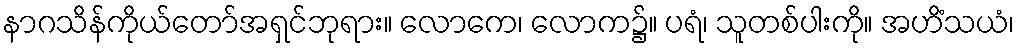
နာဂသိန်ကိုယ်တော်အရှင်ဘုရား။ လောကေ၊ လောက၌။ ပရံ၊ သူတစ်ပါးကို။ အဟိံသယံ၊